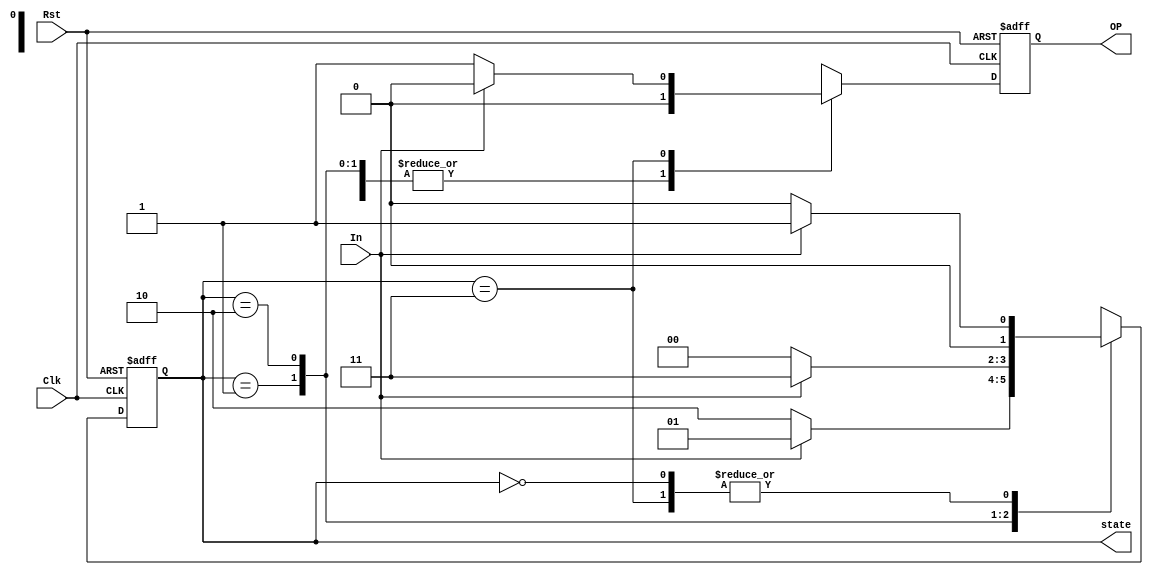
`timescale 1ns / 1ps
//////////////////////////////////////////////////////////////////////////////////

// ID           : N180116
// Branch       : ECE
// Project Name : IMPLEMENTATION OF FINITTE STATE MACHINES USING VERILOG
// Design Name  : SEQUENCE DETECTOR 1010 USING MEALY MACHINE(NON OVERLAPPING) BY USING SINGLE PROCEDURAL BLOCK
// Module Name  : mealy_1010_seq_det_non_over
// RGUKT NUZVID 
//////////////////////////////////////////////////////////////////////////////////


module mealy_1010_seq_det_non_over(Clk,Rst,In,OP,state);
input Clk,Rst,In; // Input signals
output OP;        // Output signal
output [1:0]state;

reg op;    // register to store output
reg [1:0]State; // State register 

parameter s0   = 0;  // State registers
parameter s1   = 1;
parameter s10  = 2;
parameter s101 = 3;
		  
always @(posedge Clk,negedge Rst) begin
	if(!Rst)
	begin
		State <= s0;
		op <= 0; 
	end
	
	else begin
		case(State)
			s0  : begin
					State <= In ? s1:s0 ;
					op <= 0;
				 end
			
			s1  : begin
					State <= In ? s1:s10 ;
					op <= 0;
				end

			s10 : begin
					State <= In ? s101:s0 ;
					op <= 0;
				end

			s101: begin
					State <= In ? s1:s0 ;
					op <= In ? 0:1 ;
				end
				
			default : begin
					  State <= s0 ;
					  op <= 0;
					  end
		endcase
	end
	
end

assign OP = op;
assign state = State;

endmodule